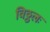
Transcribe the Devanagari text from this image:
विठ्ठलः